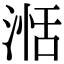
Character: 湉